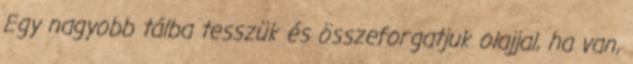
Egy nagyobb tálba tesszük és összeforgatjuk olajjal, ha van,